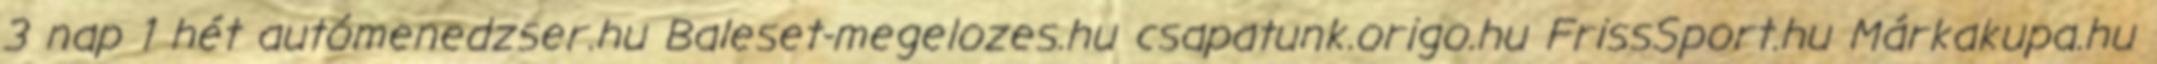
3 nap 1 hét autómenedzser.hu Baleset-megelozes.hu csapatunk.origo.hu FrissSport.hu Márkakupa.hu